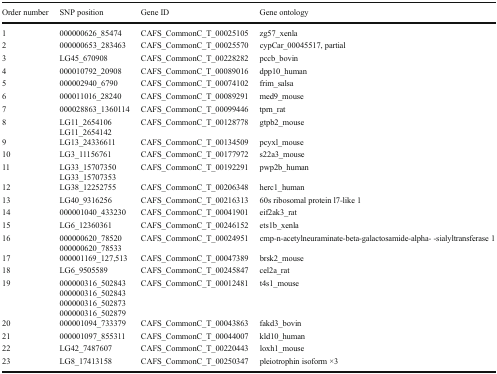
<table><thead><tr><td><b>Order number</b></td><td><b>SNP position</b></td><td><b>Gene ID</b></td><td><b>Gene ontology</b></td></tr></thead><tbody><tr><td>1</td><td>000000626_85474</td><td>CAFS_CommonC_T_00025105</td><td>zg57_xenla</td></tr><tr><td>2</td><td>000000653_283463</td><td>CAFS_CommonC_T_00025570</td><td>cypCar_00045517, partial</td></tr><tr><td>3</td><td>LG45_670908</td><td>CAFS_CommonC_T_00228282</td><td>pccb_bovin</td></tr><tr><td>4</td><td>000010792_20908</td><td>CAFS_CommonC_T_00089016</td><td>dpp10_human</td></tr><tr><td>5</td><td>000002940_6790</td><td>CAFS_CommonC_T_00074102</td><td>frim_salsa</td></tr><tr><td>6</td><td>000011016_28240</td><td>CAFS_CommonC_T_00089291</td><td>med9_mouse</td></tr><tr><td>7</td><td>000028863_1360114</td><td>CAFS_CommonC_T_00099446</td><td>tprn_rat</td></tr><tr><td>8</td><td>LG11_2654106LG11_2654142</td><td>CAFS_CommonC_T_00128778</td><td>gtpb2_mouse</td></tr><tr><td>9</td><td>LG13_24336611</td><td>CAFS_CommonC_T_00134509</td><td>pcyxl_mouse</td></tr><tr><td>10</td><td>LG3_11156761</td><td>CAFS_CommonC_T_00177972</td><td>s22a3_mouse</td></tr><tr><td>11</td><td>LG33_15707350LG33_15707353</td><td>CAFS_CommonC_T_00192291</td><td>pwp2b_human</td></tr><tr><td>12</td><td>LG38_12252755</td><td>CAFS_CommonC_T_00206348</td><td>herc1_human</td></tr><tr><td>13</td><td>LG40_9316256</td><td>CAFS_CommonC_T_00216313</td><td>60s ribosomal protein l7-like 1</td></tr><tr><td>14</td><td>000001040_433230</td><td>CAFS_CommonC_T_00041901</td><td>eif2ak3_rat</td></tr><tr><td>15</td><td>LG6_12360361</td><td>CAFS_CommonC_T_00246152</td><td>ets1b_xenla</td></tr><tr><td>16</td><td>000000620_78520000000620_78533</td><td>CAFS_CommonC_T_00024951</td><td>cmp-n-acetylneuraminate-beta-galactosamide-alpha- -sialyltransferase 1</td></tr><tr><td>17</td><td>000001169_127,513</td><td>CAFS_CommonC_T_00047389</td><td>brsk2_mouse</td></tr><tr><td>18</td><td>LG6_9505589</td><td>CAFS_CommonC_T_00245847</td><td>cel2a_rat</td></tr><tr><td>19</td><td>000000316_502843000000316_502843000000316_502873000000316_502879</td><td>CAFS_CommonC_T_00012481</td><td>t4s1_mouse</td></tr><tr><td>20</td><td>000001094_733379</td><td>CAFS_CommonC_T_00043863</td><td>fakd3_bovin</td></tr><tr><td>21</td><td>000001097_855311</td><td>CAFS_CommonC_T_00044007</td><td>kld10_human</td></tr><tr><td>22</td><td>LG42_7487607</td><td>CAFS_CommonC_T_00220443</td><td>loxh1_mouse</td></tr><tr><td>23</td><td>LG8_17413158</td><td>CAFS_CommonC_T_00250347</td><td>pleiotrophin isoform ×3</td></tr></tbody></table>